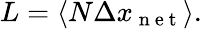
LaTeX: L=\left\langle N\Delta x_{\mathrm{~n~e~t~}}\right\rangle.